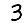
Digit: 3